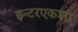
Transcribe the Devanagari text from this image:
इन्टरएकश्ग्न